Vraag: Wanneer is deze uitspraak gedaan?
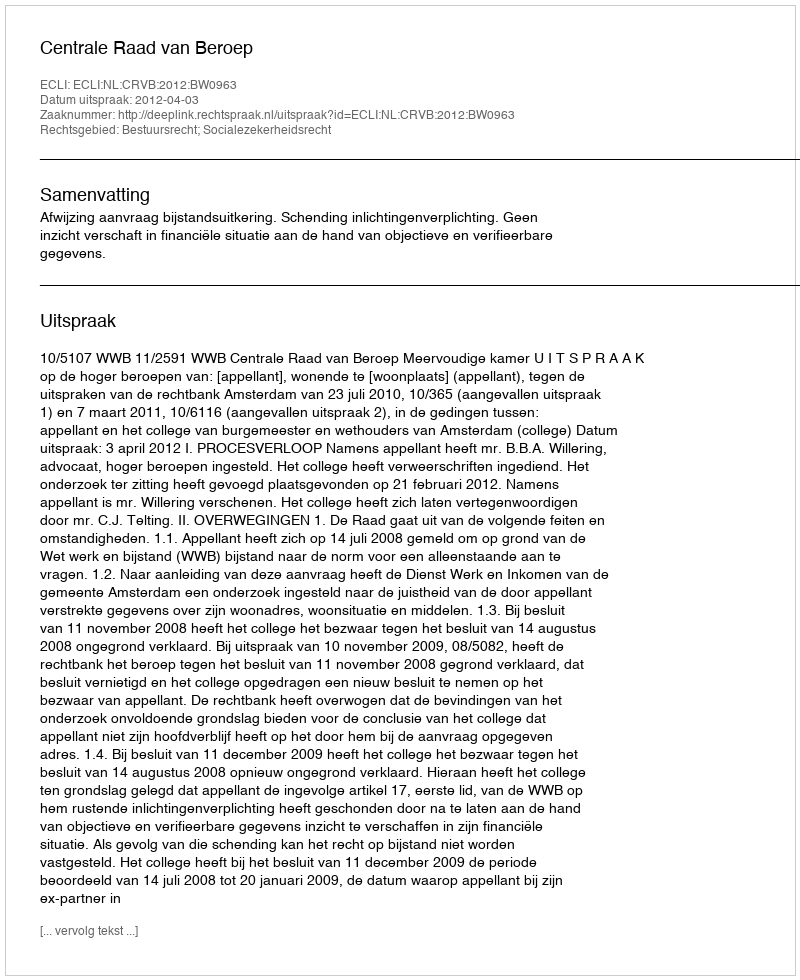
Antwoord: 2012-04-03